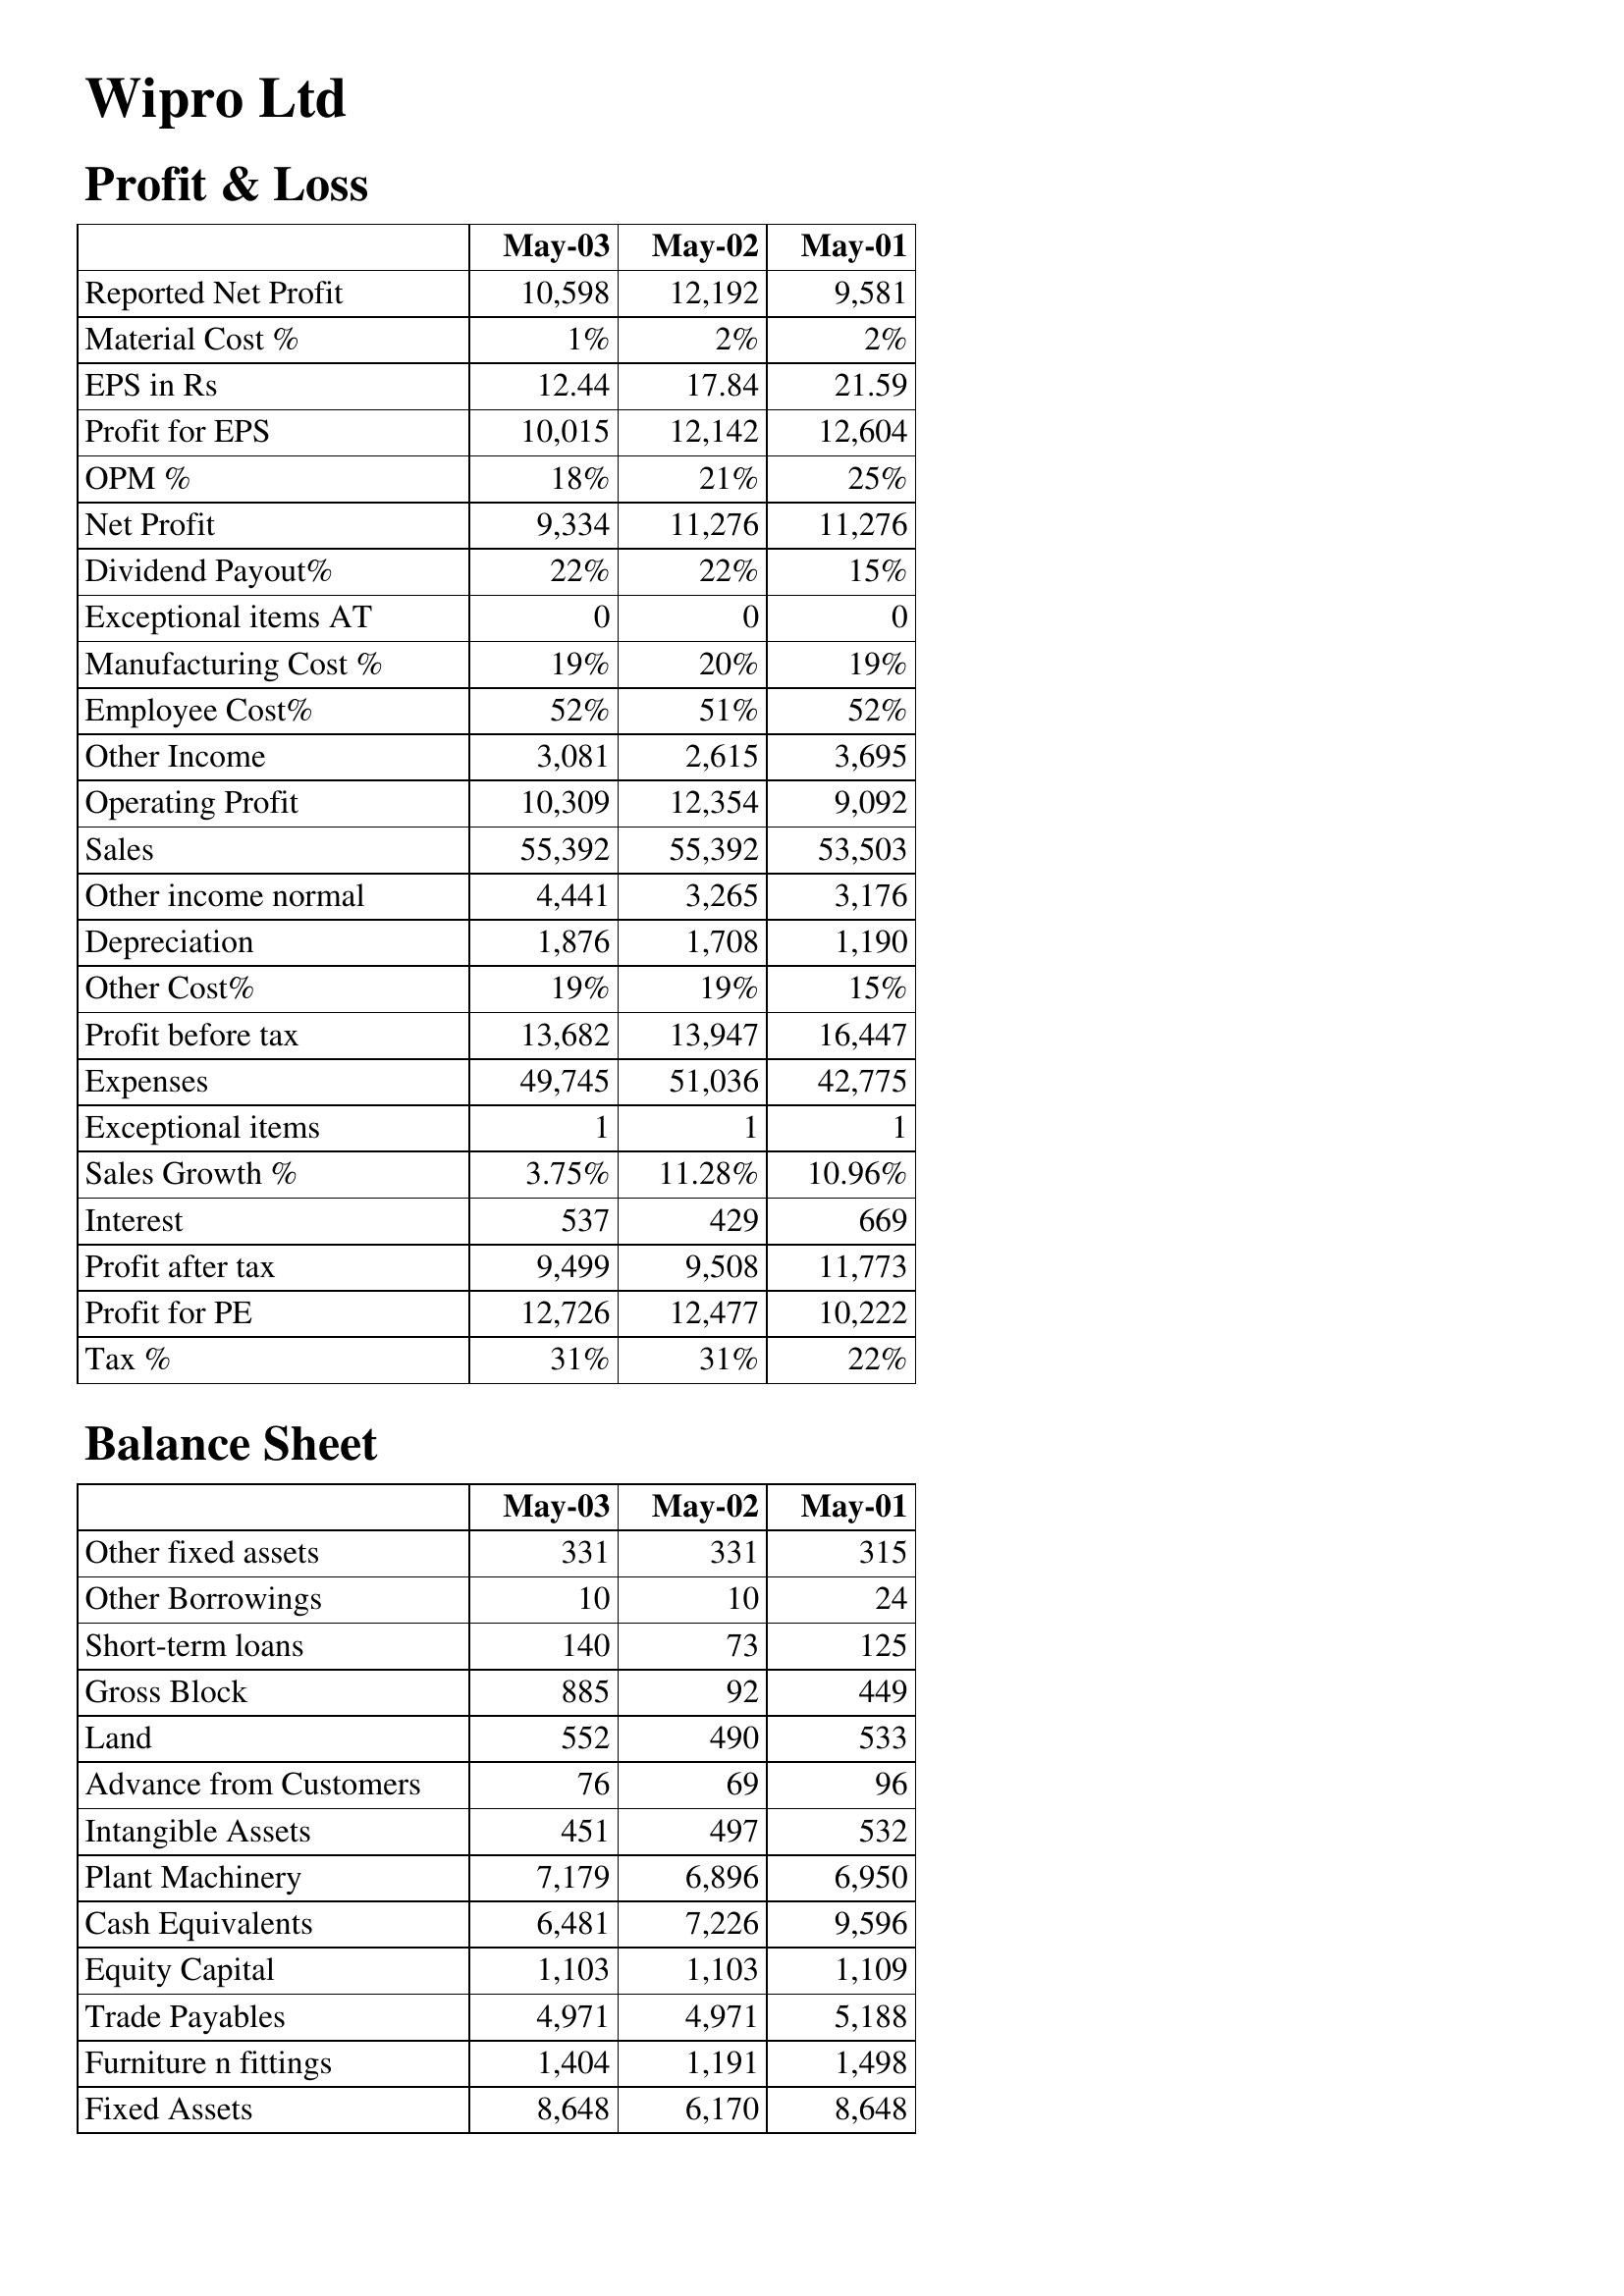
May-03: Profit & Loss: Reported Net Profit: 10,598
Material Cost %: 1%
EPS in Rs: 12.44
Profit for EPS: 10,015
OPM %: 18%
Net Profit: 9,334
Dividend Payout%: 22%
Exceptional items AT: 0
Manufacturing Cost %: 19%
Employee Cost%: 52%
Other Income: 3,081
Operating Profit: 10,309
Sales: 55,392
Other income normal: 4,441
Depreciation: 1,876
Other Cost%: 19%
Profit before tax: 13,682
Expenses: 49,745
Exceptional items: 1
Sales Growth %: 3.75%
Interest: 537
Profit after tax: 9,499
Profit for PE: 12,726
Tax %: 31%
Balance Sheet: Other fixed assets: 331
Other Borrowings: 10
Short-term loans: 140
Gross Block: 885
Land: 552
Advance from Customers: 76
Intangible Assets: 451
Plant Machinery: 7,179
Cash Equivalents: 6,481
Equity Capital: 1,103
Trade Payables: 4,971
Furniture n fittings: 1,404
Fixed Assets: 8,648
May-02: Profit & Loss: Reported Net Profit: 12,192
Material Cost %: 2%
EPS in Rs: 17.84
Profit for EPS: 12,142
OPM %: 21%
Net Profit: 11,276
Dividend Payout%: 22%
Exceptional items AT: 0
Manufacturing Cost %: 20%
Employee Cost%: 51%
Other Income: 2,615
Operating Profit: 12,354
Sales: 55,392
Other income normal: 3,265
Depreciation: 1,708
Other Cost%: 19%
Profit before tax: 13,947
Expenses: 51,036
Exceptional items: 1
Sales Growth %: 11.28%
Interest: 429
Profit after tax: 9,508
Profit for PE: 12,477
Tax %: 31%
Balance Sheet: Other fixed assets: 331
Other Borrowings: 10
Short-term loans: 73
Gross Block: 92
Land: 490
Advance from Customers: 69
Intangible Assets: 497
Plant Machinery: 6,896
Cash Equivalents: 7,226
Equity Capital: 1,103
Trade Payables: 4,971
Furniture n fittings: 1,191
Fixed Assets: 6,170
May-01: Profit & Loss: Reported Net Profit: 9,581
Material Cost %: 2%
EPS in Rs: 21.59
Profit for EPS: 12,604
OPM %: 25%
Net Profit: 11,276
Dividend Payout%: 15%
Exceptional items AT: 0
Manufacturing Cost %: 19%
Employee Cost%: 52%
Other Income: 3,695
Operating Profit: 9,092
Sales: 53,503
Other income normal: 3,176
Depreciation: 1,190
Other Cost%: 15%
Profit before tax: 16,447
Expenses: 42,775
Exceptional items: 1
Sales Growth %: 10.96%
Interest: 669
Profit after tax: 11,773
Profit for PE: 10,222
Tax %: 22%
Balance Sheet: Other fixed assets: 315
Other Borrowings: 24
Short-term loans: 125
Gross Block: 449
Land: 533
Advance from Customers: 96
Intangible Assets: 532
Plant Machinery: 6,950
Cash Equivalents: 9,596
Equity Capital: 1,109
Trade Payables: 5,188
Furniture n fittings: 1,498
Fixed Assets: 8,648